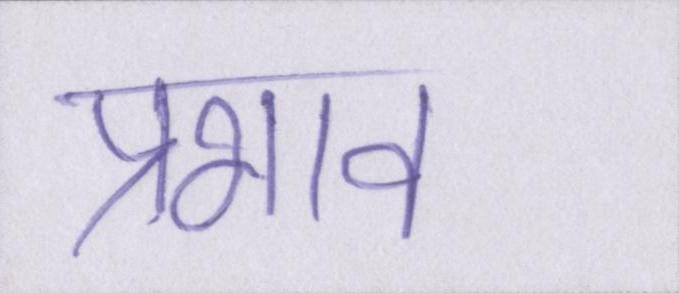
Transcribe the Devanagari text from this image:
प्रभाव